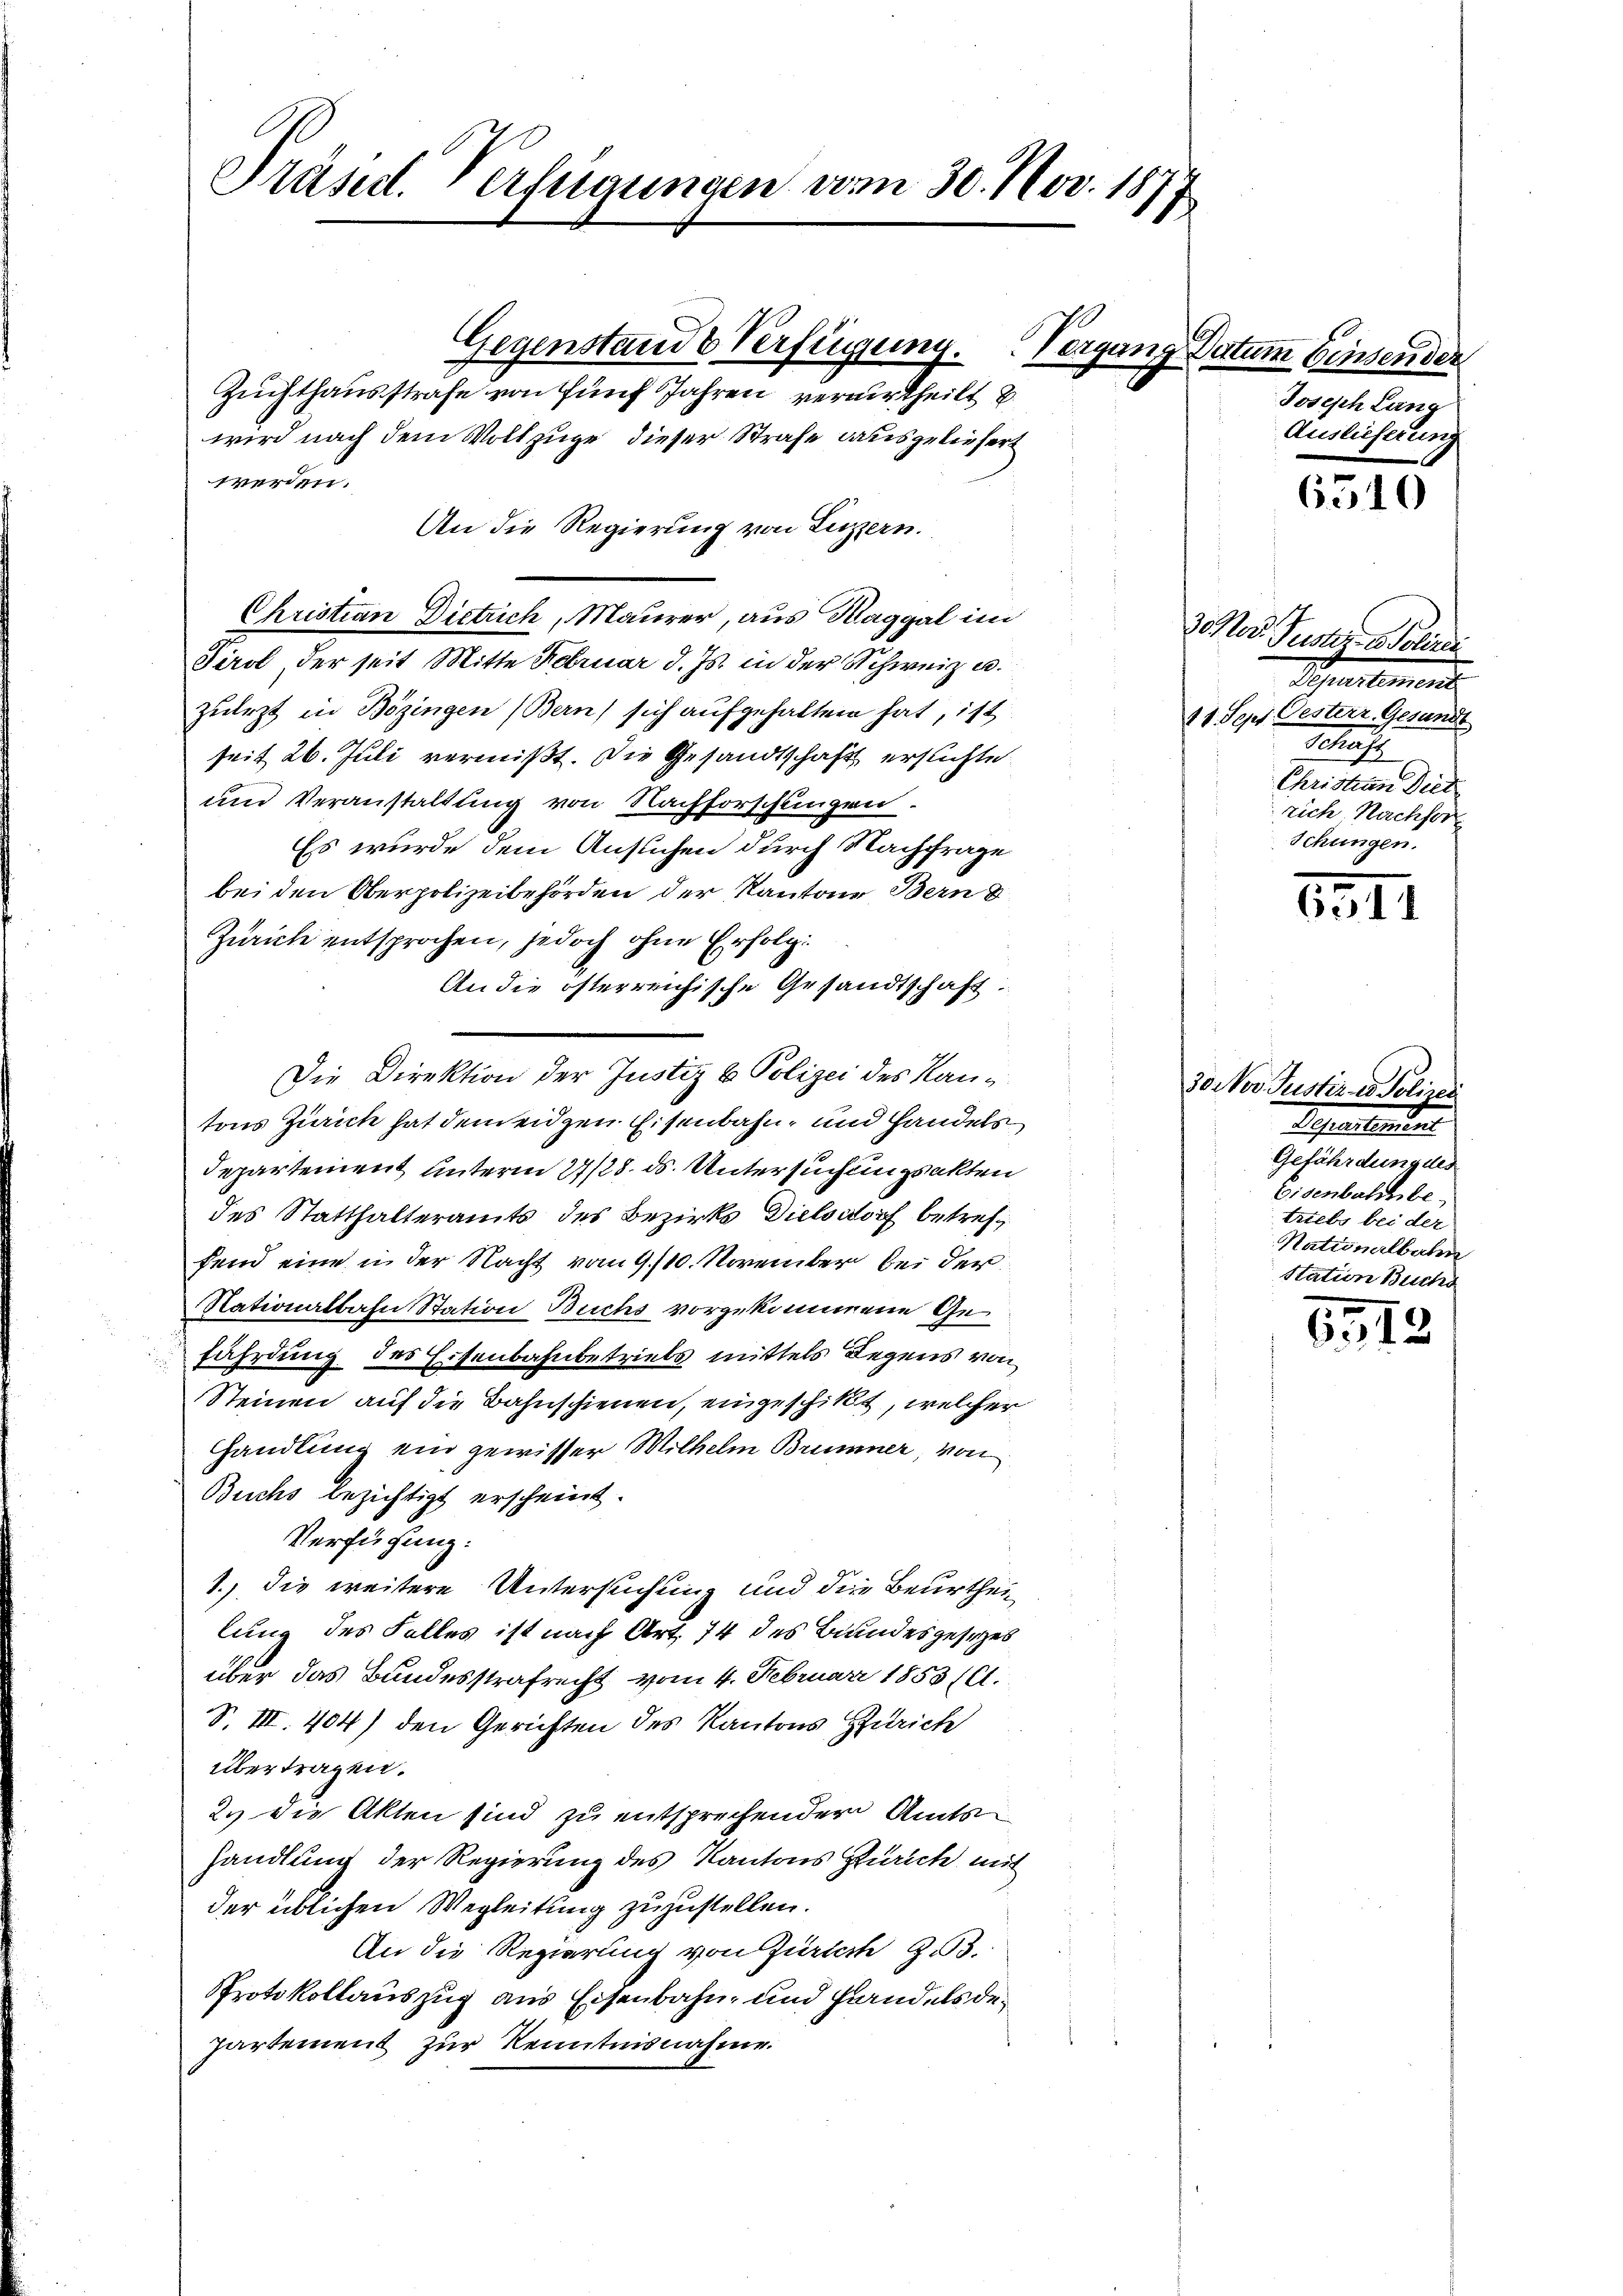
Präsid. Verfügungen vom 30. Nov. 1877
Gegenstande Verfügung.
Vergang Datum binsender
Zuchthausstrafe von fünf Jahren verurtheilt u.

wird nach dem Vollzuge dieser Strafe ausgeliefert
werden.
An die Regierung von Luzern.
Christian Dietrich, Maurer, aus Maggal im
Tirol der seit Mitte Februar d. Js. in der Schweiz u.
zulezt in Bözingen (Bern) sich aufgehalten hat, ist
seit 26. Juli vermißt. Die Gesandtschaft ersuchte
und Veranstaltung von Nachforschungen.
Es wurde dem Ansuchen durch Nachfrage
bei den Oberpolizeibehörden der Kantone Bern d
Zürich entsprochen, jedoch ohne Erfolg
An die österreichische Gesandtschaft:
Die Direktion der Justiz & Polizei des Kantons Zürich hat dem eidgen Eisenbahn, und Handels
Departement unterm 21/28. ds. Untersuchungsakten
des Statthalteramts des Bezirks Dielsdorf betreff
fend eine in der Nacht vom 9./10. November bei der
Nationalbahn Station Buchs vorgekommene Gefährdung des Eisenbahnbetriebs mittels Regens von
Steinen auf die Bahnschienen, eingeschickt, welcher
Handlung ein gewisser Wilhelm Brunner, von
Buchs bezichtigt erscheint.
Verfügung:
1.) Die weitere Untersuchung und die Beurthei
lung des Falles ist nach Art. 74 des Bundesgesetzes
über das Bundesstrafrecht vom 4. Februar 1853 (l.
S. III. 404) den Gerichten des Kantons Zürich
übertragen.
2. die Akten sind zu entsprechender Amts
handlung der Regierung des Kantons Zürich mit
der üblichen Wegleitung zuzustellen.
An die Regierung von Zürich zu.
Protokollauszug aus Eisenbahn, und Handels de¬
Partement zur Kenntnisnahme.

Joseph Lang
Auslieferung

6510

3 No Puster Solan
Schnetenen
11. Sept Oesterr. Gesandt
Schaft
Christian Diet
rich Nachfors
Schungen.

111

30er Justiz es Polizei
Sepellantent
Gefährdung des
Eisenbachbe
triebs bei der
Nationalbahn
Station Buchs

5512.